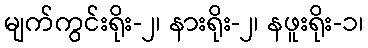
မျက်ကွင်းရိုး-၂၊ နားရိုး-၂၊ နဖူးရိုး-၁၊